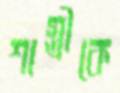
শাস্ত্রীকে